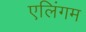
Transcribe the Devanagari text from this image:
एलिंगम